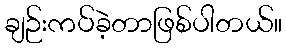
ချဉ်းကပ်ခဲ့တာဖြစ်ပါတယ်။